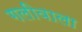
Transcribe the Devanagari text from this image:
गलीवाला